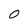
Character: 0